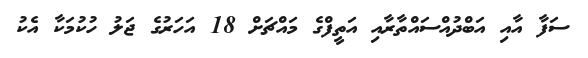
ސަފާ އާއި އަބްދުއްސައްތާރާއި އަތީފްގެ މައްޗަށް 18 އަހަރުގެ ޖަލު ހުކުމަކާ އެކު